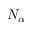
N _ { \alpha }